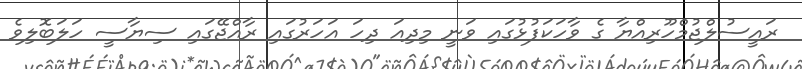
ރައީސުލްޖުމްހޫރިއްޔާ ގެ ވާހަކަފުޅުގައި ވަނީ މިދިއަ ދިހަ އަހަރުގައި ރާއްޖޭގައި ސިޔާސީ ހަލަބޮލިވެ